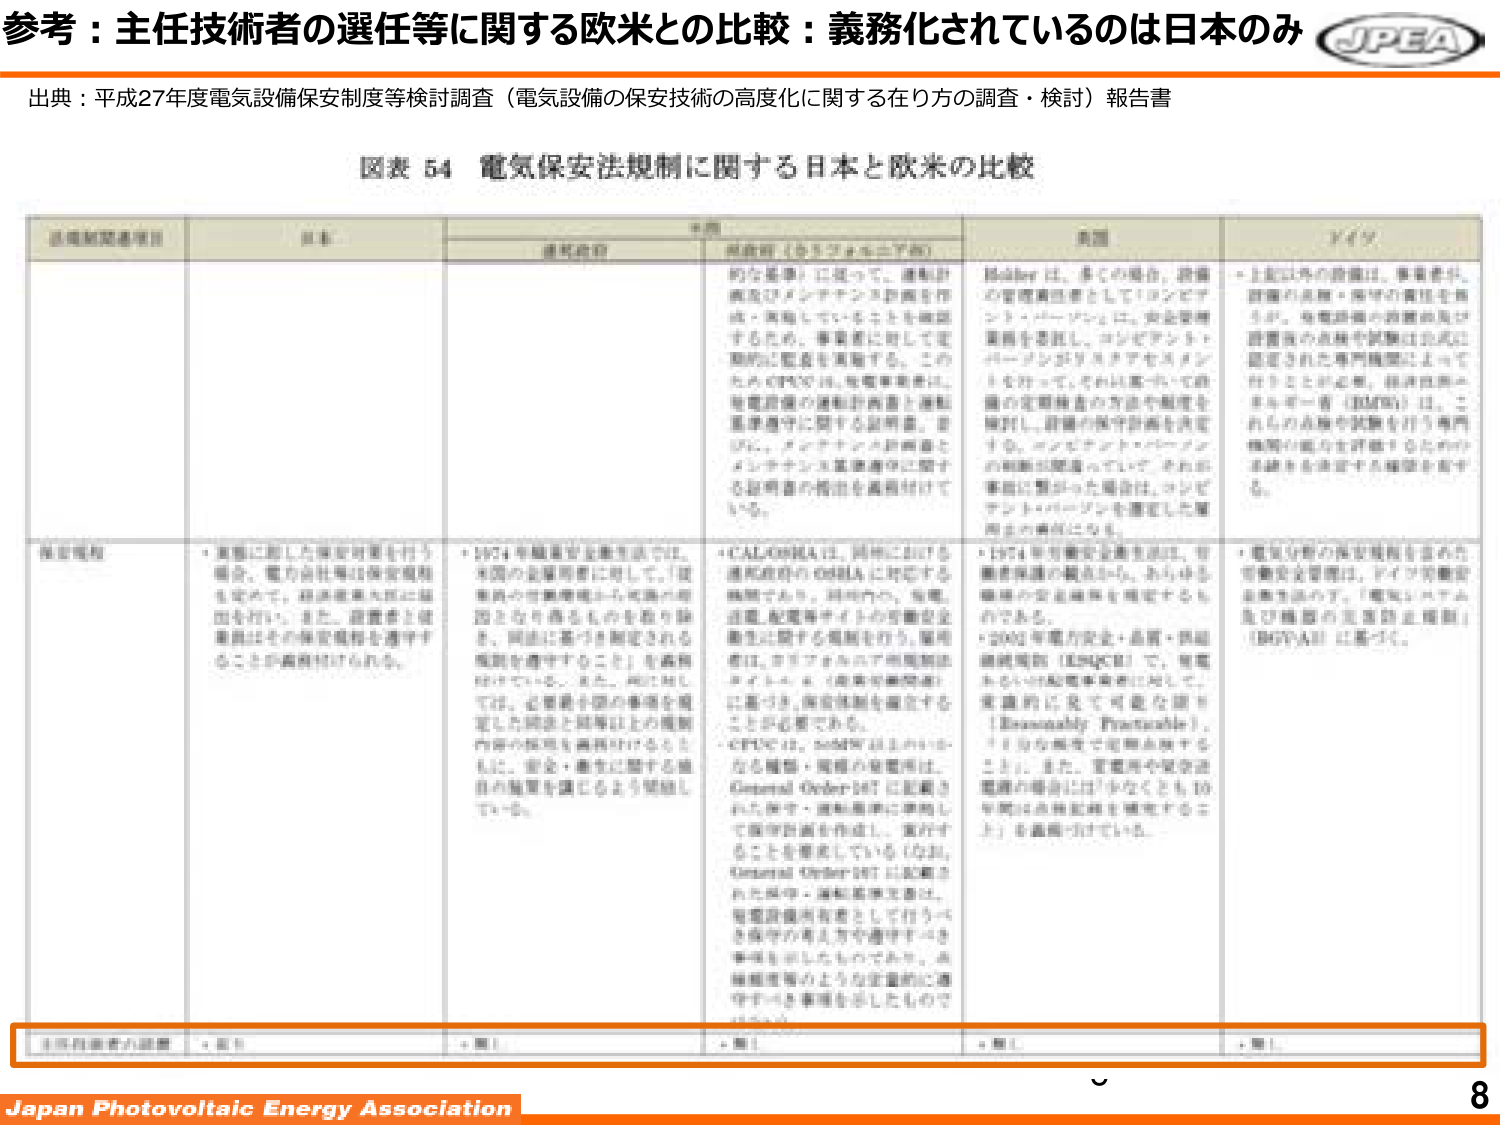
参考：主任技術者の選任等に関する欧米との比較：義務化されているのは日本のみ

出典：平成27年度電気設備保安制度等検討調査（電気設備の保安技術の高度化に関する在り方の調査・検討）報告書

図表 54 電気保安法規制に関する日本と欧米の比較

| 法規制関連項目 | 日本 | 米国 | 欧州（各カントリー例） | 英国 | ドイツ |
|----------------|------|------|--------------------------|------|--------|
| 保安規制 | ・実施に際した保安対策を行う場合、電力会社等は保安規制を定めて、経済産業省に届出を行い、また、設置者と従業員にその保安規制を遵守することを義務付けられる。 | ・1974年職業安全衛生法では、米国の企業所有者に対して、「従業員の作業環境の危険の原因となり得るものを取り除き、同法に基づき制定される規制を遵守すること」を義務付けている。また、同法に対しては、必要な国の事項を規定した規格（規格は法規制内容の技術を義務付けるとともに、安全・衛生に関する適合の基準を満たすよう規制している。 | ・CAL/OSHAは、同州に於ける連邦政府のOSHAに対応する機関であり、同州内の、電電施設、配電等するための電気設備にに関する規制を行う。規制の対象は、電気設備の設計、設置、保守、点検、運転等の作業に従事する者（産業労働関係）に限られる。同法規制を遵守するには、安全規制を遵守することを要求している。なお、CPUCは、加州電力会社の一般に電力・電気の供給に関する規制を実施し、電力に関する規制を実施している。また、加州電力会社は、電気設備の設計、設置、保守、点検、運転等の作業に従事する者に対して、安全規制を遵守するよう、法規制等により、法的義務を課している。 | ・1974年職業安全衛生法は、作業者保護の観点から、あらゆる職場の安全基準を規定するものである。・2002年電力安全・品質・供給継続規制（ESQCR）では、電気あるいは分配事業者に対して、事故防止に必要な設備（Electrically Preventable）を含む事故を予防するよう、また、電気の安定供給を確保するよう、安全基準を満たすことを義務づけている。 | ・電気分野の保安規制を定めた電気安全管理は、ドイツ労働安全衛生法の下、電気安全衛生の規範の主要な上位規制（BGV A3）に基づく。 |

| 主任技術者の設置 | ・要 | ・要 | ・要 | ・要 | ・要 |

Japan Photovoltaic Energy Association

8